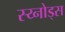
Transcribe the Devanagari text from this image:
स्य्नोड्स